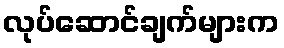
လုပ်ဆောင်ချက်များက